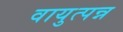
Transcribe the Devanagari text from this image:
वायुत्पन्न